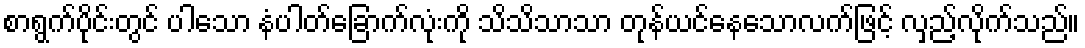
စာရွက်ပိုင်းတွင် ပါသော နံပါတ်ခြောက်လုံးကို သိသိသာသာ တုန်ယင်နေသောလက်ဖြင့် လှည့်လိုက်သည်။